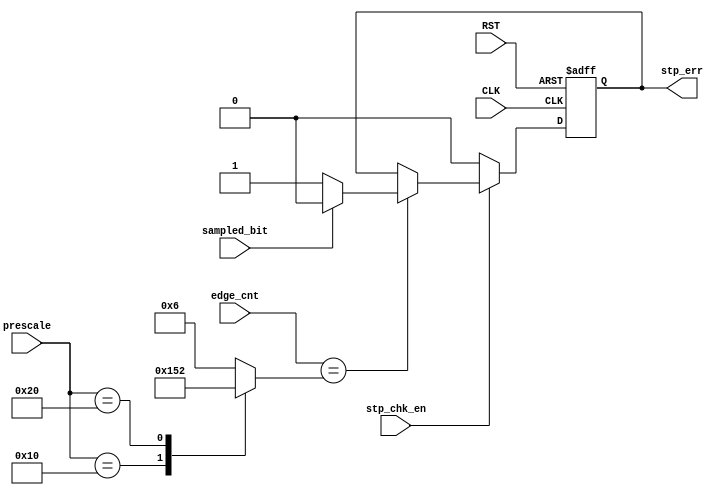
module stop_check #(parameter PRESCALE_WIDTH = 6) (
    input   wire                                stp_chk_en,
    input   wire                                sampled_bit,
    input   wire    [4:0]                       edge_cnt,
    input   wire    [PRESCALE_WIDTH - 1 : 0]    prescale, 
    input   wire                                CLK,
    input   wire                                RST,

    output  reg                                 stp_err
);


    reg [4:0]   sampling_time;
//we check at 6th edge count for prescale = 8 
//or 10th for prescale 16
//or 18th for prescale 32
    always @(*) begin
        case (prescale)
            6'd8:     sampling_time <= 5'd6;
            6'd16:    sampling_time <= 5'd10;
            6'd32:    sampling_time <= 5'd18;
            default:  sampling_time <= 5'd6;
        endcase
    end

    always @(posedge CLK, negedge RST) begin
        if(!RST)
            begin
                stp_err <= 1'b0;
            end
        else    begin
            if(stp_chk_en)
                begin
                    if(edge_cnt == sampling_time)
                        begin
                            if(sampled_bit == 1'b1)
                                stp_err <= 1'b0;
                            else
                                stp_err <= 1'b1;
                        end
                    else 
                        begin
                            stp_err <= stp_err;
                        end
                end
            else    
                begin
                    stp_err <= 1'b0;
                end
        end
    end


endmodule